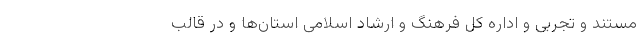
مستند و تجربی و اداره کل فرهنگ و ارشاد اسلامی استان‌ها و در قالب